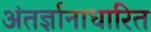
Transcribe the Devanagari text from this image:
अंतर्ज्ञानाधारित